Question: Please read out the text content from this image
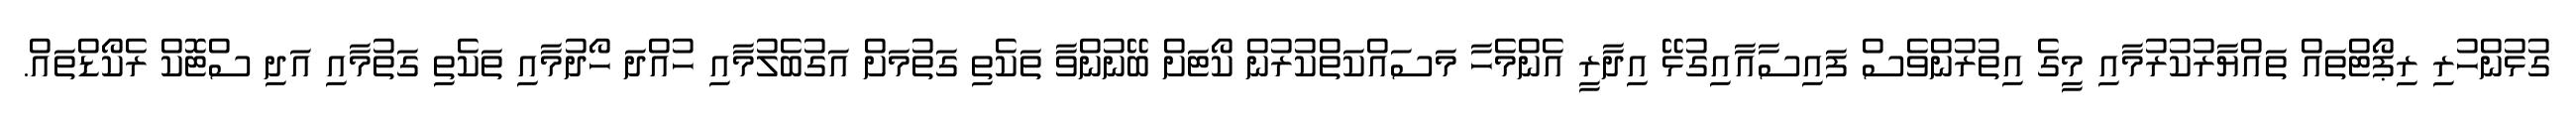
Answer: ގުޅުންހުރި ރިޕޯޓްތައް ތައްޔާރުކުރުމާއި މީގެ އިތުރުންވެސް ފައިސާއާއިގުޅޭ އިދާރީ އެންމެހާ މަސައްކަތްކުރުން ކޯޓަށް ބޭނުންވާ ތަކެތި ގަތުމަށް އަގުބެލުމާއި ހުއްދަ ހޯދުމާއި ތަކެތި ގަތުމާއި އަދި ސްޓޮކް ރެކޯޑްތައް.